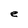
Character: e